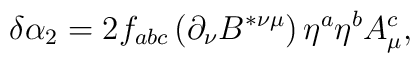
\delta \alpha _2=2f_{abc}\left( \partial _\nu B^{*\nu \mu }\right)\eta ^a\eta ^bA_\mu ^c,